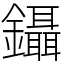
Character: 鑷